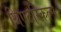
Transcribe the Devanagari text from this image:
थिएटरिकल्स